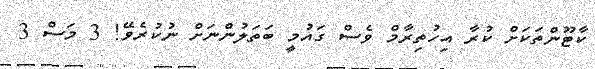
ކާޓޫންތަކަށް ކުރާ އިހުތިރާމް ވެސް ގައުމީ ބަތަލުންނަށް ނުކުރެވޭ! 3 މަސް 3